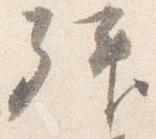
拝